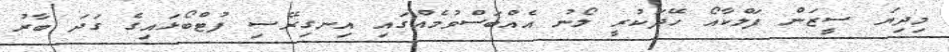
މިދިޔަ ސީޒަން ފަލްކާއޯ ހޭދަކުރީ ލޯނު އެއްބަސްވުމެއްގައި އިނގިރޭސި ފުޓްބޯޅައިގެ ގަދަ ބާރު